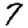
Digit: 7